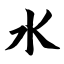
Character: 水